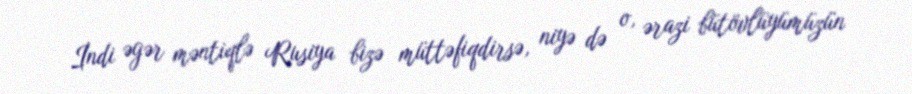
İndi əgər məntiqlə Rusiya bizə müttəfiqdirsə, niyə də o, ərazi bütövlüyümüzün